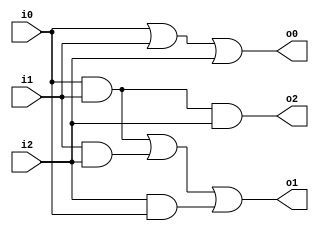
module three_bit_stacker(
input i0,
input i1,
input i2,
output o0,
output o1,
output o2
    );
    
    assign o0 = i0 | i1 | i2;
    assign o1 = (i0&i1) | (i1&i2) | (i2&i0);
    assign o2 = i0 & i1 & i2;
    
endmodule